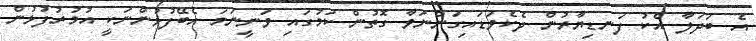
އެ ބަދަލާ އެކު ފަނޑިޔާރުން ދެކެވަޑައިގަންނަވާ ގޮތުން ކަމުގައި ވަނީނަމަ އެބޭފުޅުންނަކީ އުމުރުފުޅުން